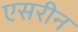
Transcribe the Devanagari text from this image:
एसरीन